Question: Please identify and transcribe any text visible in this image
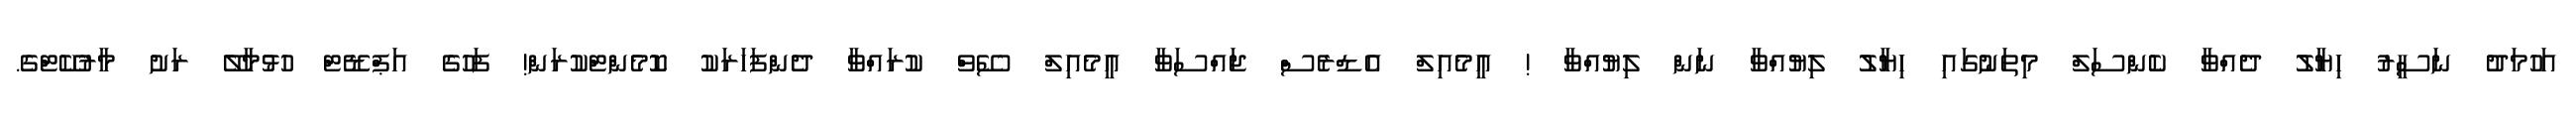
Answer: އަހުމަދު ނަސީރު ހިޔާލު ދެއްވާ ކެންސަލް މިތަނުގައި ހިޔާލު ލިޔުއްވާ ނަން ލިޔުއްވާ ! އީމެއިލް އެޑްރެސް ޖައްސަވާ އީމެއިލް ސޭވް ކުރައްވާ ދެންފަހަރަކު ކޮމެންޓްކުރަން! ފަހުގެ އަޕްޑޭޓް ހުޅުމާލޭ ރަށު މާރުކޭޓްގެ.